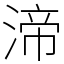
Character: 渧